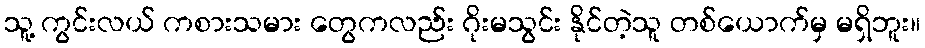
သူ့ ကွင်းလယ် ကစားသမား တွေကလည်း ဂိုးမသွင်း နိုင်တဲ့သူ တစ်ယောက်မှ မရှိဘူး။